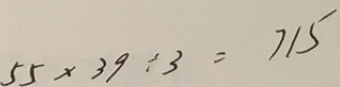
5 5 \times 3 9 \div 3 = 7 1 5